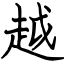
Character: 越